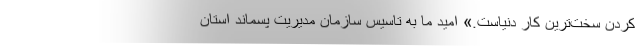
کردن سخت‌ترین کار دنیاست.» امید ما به تاسیس سازمان مدیریت پسماند استان